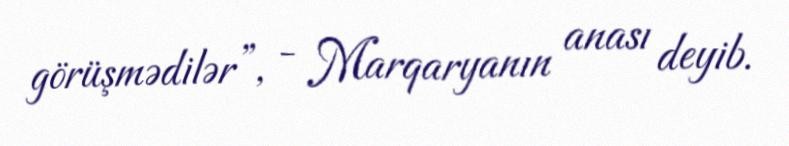
görüşmədilər”, - Marqaryanın anası deyib.